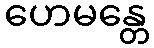
ဟေမန္တေ